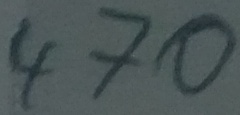
Text: 470